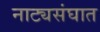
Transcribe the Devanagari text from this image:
नाट्यसंघात